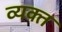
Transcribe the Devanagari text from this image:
व्‍यक्‍त